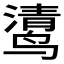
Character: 𲎄